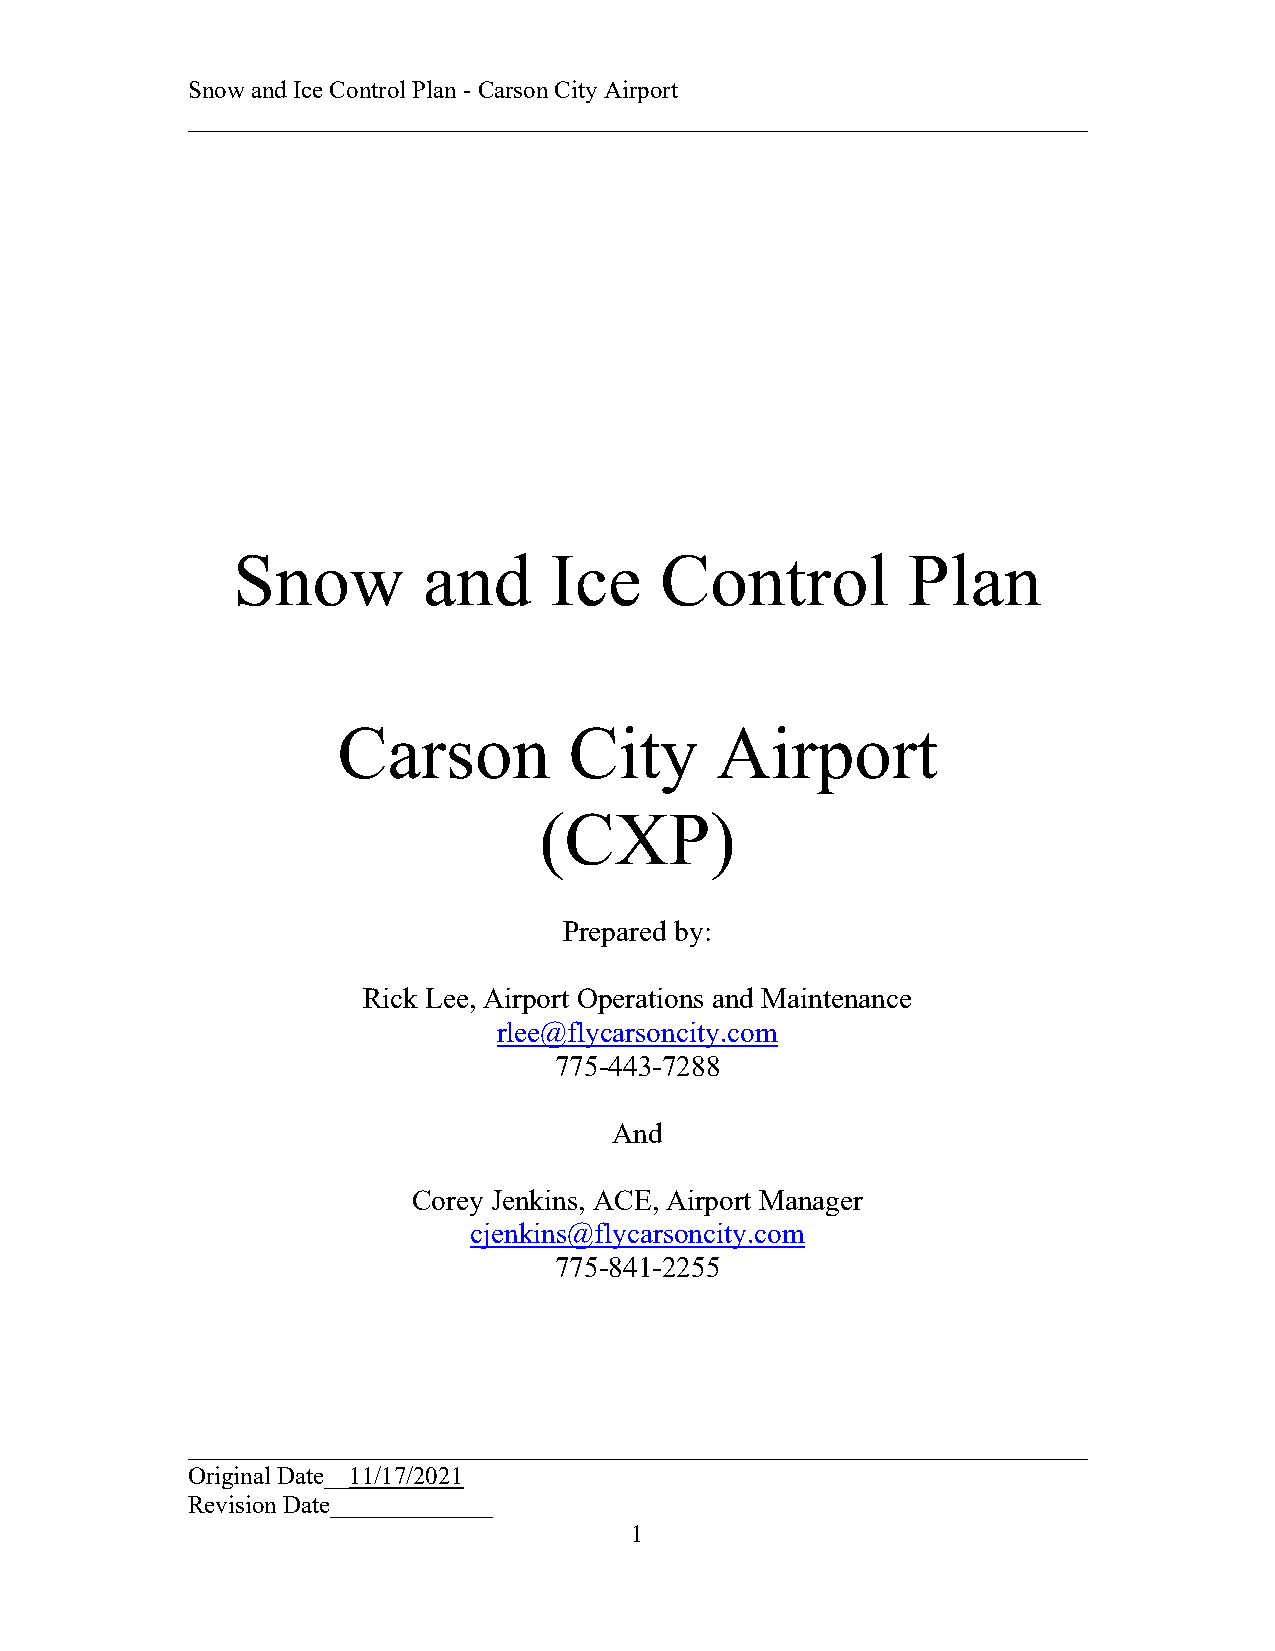
Snow and Ice Control Plan - Carson City Airport
 ________________________________________________________________________
 Snow         and     Ice     Control         Plan
 Carson          City     Airport
 (CXP)
 Prepared by:
 Rick Lee, Airport Operations and Maintenance
 rlee@flycarsoncity.com
 775-443-7288
 And
 Corey Jenkins, ACE, Airport Manager
 cjenkins@flycarsoncity.com
 775-841-2255
 ________________________________________________________________________
 Original Date__11/17/2021
 Revision Date_____________
 1